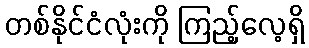
တစ်နိုင်ငံလုံးကို ကြည့်လေ့ရှိ